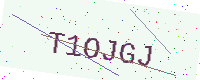
Text: T1OJGJ